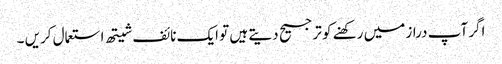
اگر آپ دراز میں رکھنے کو ترجیح دیتے ہیں تو ایک نائف شیتھ استعمال کریں ۔